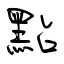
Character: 點